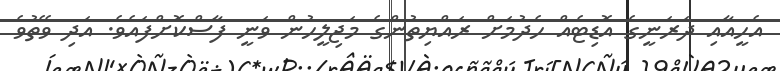
އެހީއާއި ދަރަނީގެ އޮޑިޓެއް ހެދުމަށް ރައްޔިތުންގެ މަޖިލީހުން ވަނީ ފާސްކޮށްފައެވެ. އަދި ވޭތުވެ